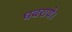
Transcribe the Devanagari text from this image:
घबराये।